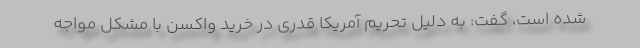
شده است، گفت: به دلیل تحریم آمریکا قدری در خرید واکسن با مشکل مواجه